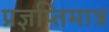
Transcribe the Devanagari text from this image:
प्रज्ञप्तिमात्र